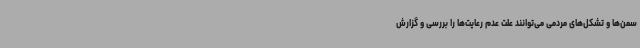
سمن‌ها و تشکل‌های مردمی می‌توانند علت عدم رعایت‌ها را بررسی و گزارش